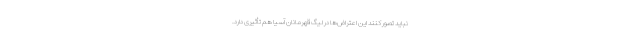
نباید تصور کنند این اعتراض‌ها در لیگ قهرمانان آسیا هم تأثیری دارد.